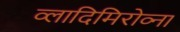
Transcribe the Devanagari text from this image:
व्लादिमिरोव्ना